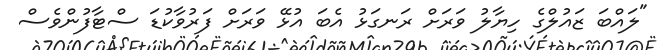
"ލައްބަ ޒައުލްގެ ހިޔާލު ވަރަށް ރަނގަޅު އެބަ އުޅޭ ވަރަށް ފަރުވާކުޑަ ސްޓާފުންވެސް